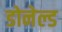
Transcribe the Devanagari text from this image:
डोनेल्ड